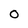
Character: 0